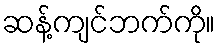
ဆန့်ကျင်ဘက်ကို။